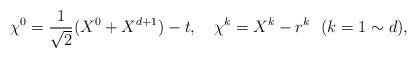
LaTeX: \begin{align*}\chi^0 = \frac{1}{\sqrt{2}}(X^0 + X^{d+1})-t, ~~~ \chi^k = X^k - r^k ~~(k=1 \sim d),\end{align*}